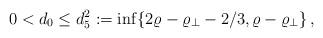
LaTeX: \begin{align*} 0<d_0 \leq d_5^2:= \inf\{ 2\varrho-\varrho_\perp-2/3, \varrho -\varrho_\perp\}\,, \end{align*}